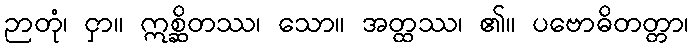
ဉာတုံ၊ ငှာ။ ဣစ္ဆိတဿ၊ သော။ အတ္ထဿ၊ ၏။ ပဗောဓိတတ္တာ၊